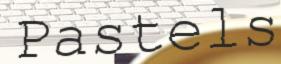
Pastels